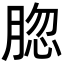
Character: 𦜩